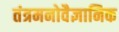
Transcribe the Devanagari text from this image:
तंत्रमनोवैज्ञानिक